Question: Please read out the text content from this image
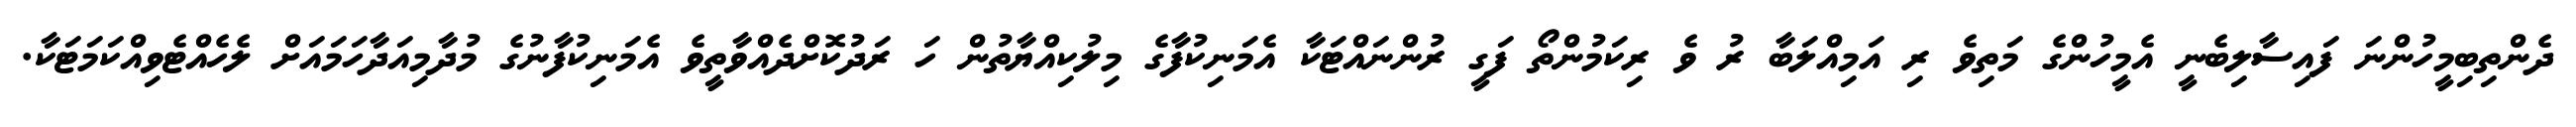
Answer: ދެންތިބިމީހުންނަ ފައިސާލިބެނީ އެމީހުންގެ މަތިވެ ރި އަމިއްލަބާ ރު ވެ ރިކަމުންތޯ ފަގީ ރުންނައްޓަކާ އެމަނިކުފާގެ މިލުކިއްޔާތުން ހަ ރަދުކޮށްދެއްވާތީވެ އެމަނިކުފާނުގެ މުދާމިއަދާހަމައަށް ލެހެއްޓެވިއްކަމަޓަކާ.